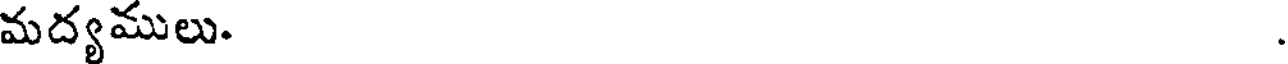
మద్యములు.